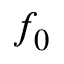
f _ { 0 }